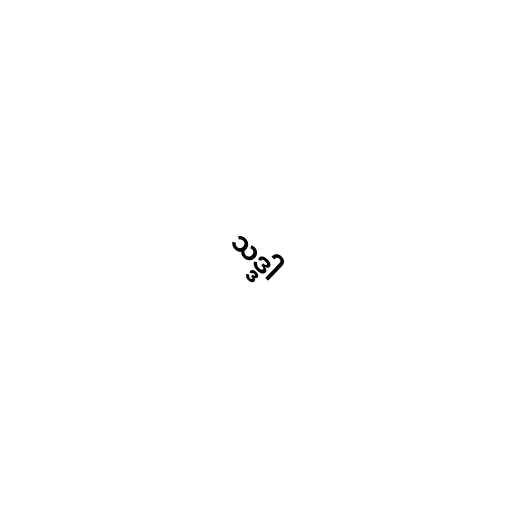
သဒ္ဒါ